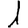
Digit: 1